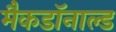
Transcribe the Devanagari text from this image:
मैकडॉनाल्ड